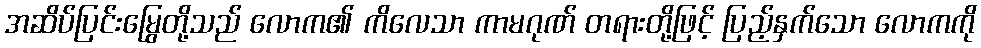
အဆိပ်ပြင်းမြွေတို့သည် လောက၏ ကိလေသာ ကာမဂုဏ် တရားတို့ဖြင့် ပြည့်နှက်သော လောကကို